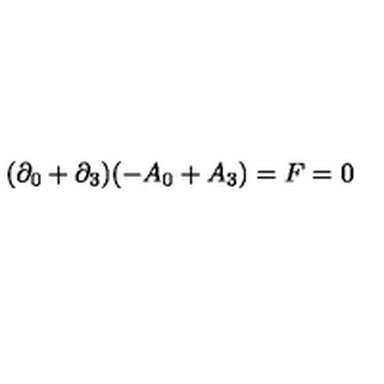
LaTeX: ( \partial _ { 0 } + \partial _ { 3 } ) ( - A _ { 0 } + A _ { 3 } ) = F = 0